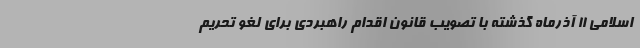
اسلامی ۱۱ آذرماه گذشته با تصویب قانون اقدام راهبردی برای لغو تحریم